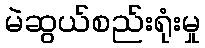
မဲဆွယ်စည်းရုံးမှု